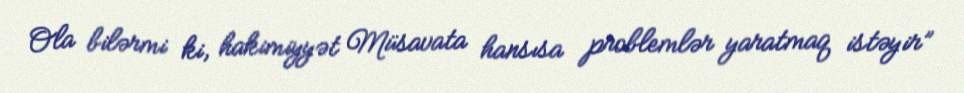
Ola bilərmi ki, hakimiyyət Müsavata hansısa problemlər yaratmaq istəyir”